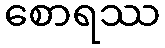
စောရဿ